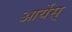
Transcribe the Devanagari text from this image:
आर्येस्